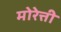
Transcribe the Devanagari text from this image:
मोरेत्ती